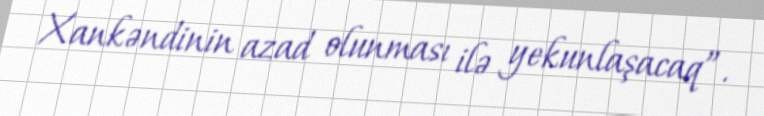
Xankəndinin azad olunması ilə yekunlaşacaq”.